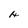
Character: H